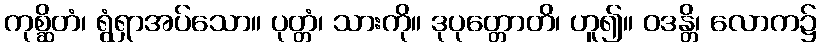
ကုစ္ဆိတံ၊ ရွံရှာအပ်သော။ ပုတ္တံ၊ သားကို။ ဒုပုတ္တောတိ၊ ဟူ၍။ ဝဒန္တိ၊ လောက၌